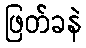
ဖြတ်ခနဲ